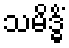
သမိဒ္ဓိံ